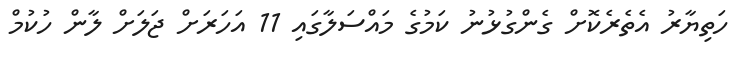
ހަތިޔާރު އެތެރެކޮށް ގެންގުޅުނު ކަމުގެ މައްސަލާގައި 11 އަހަރަށް ޖަލަށް ލާން ހުކުމް